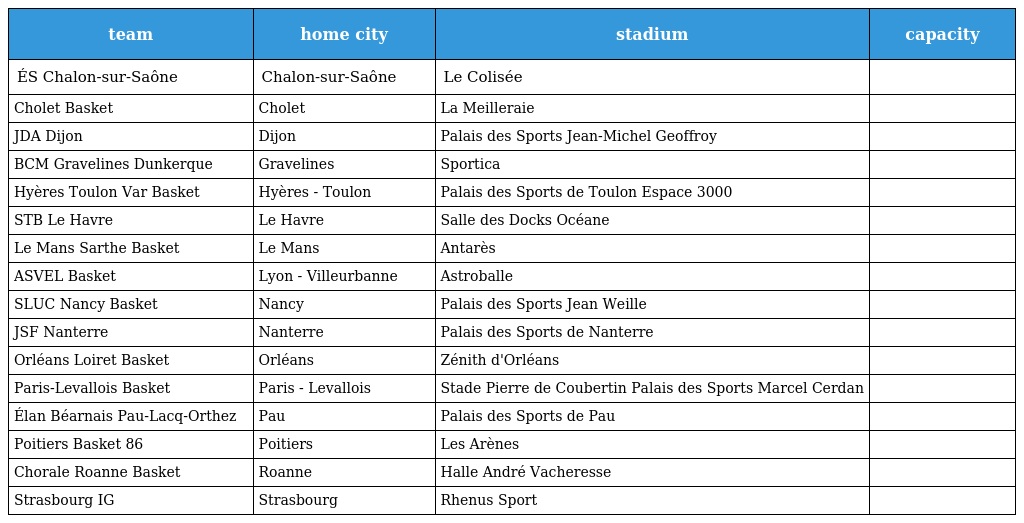
| team | home city | stadium | capacity |
 | --- | --- | --- | --- |
 | ÉS Chalon-sur-Saône | Chalon-sur-Saône | Le Colisée |  |
 | Cholet Basket | Cholet | La Meilleraie |  |
 | JDA Dijon | Dijon | Palais des Sports Jean-Michel Geoffroy |  |
 | BCM Gravelines Dunkerque | Gravelines | Sportica |  |
 | Hyères Toulon Var Basket | Hyères - Toulon | Palais des Sports de Toulon Espace 3000 |  |
 | STB Le Havre | Le Havre | Salle des Docks Océane |  |
 | Le Mans Sarthe Basket | Le Mans | Antarès |  |
 | ASVEL Basket | Lyon - Villeurbanne | Astroballe |  |
 | SLUC Nancy Basket | Nancy | Palais des Sports Jean Weille |  |
 | JSF Nanterre | Nanterre | Palais des Sports de Nanterre |  |
 | Orléans Loiret Basket | Orléans | Zénith d'Orléans |  |
 | Paris-Levallois Basket | Paris - Levallois | Stade Pierre de Coubertin Palais des Sports Marcel Cerdan |  |
 | Élan Béarnais Pau-Lacq-Orthez | Pau | Palais des Sports de Pau |  |
 | Poitiers Basket 86 | Poitiers | Les Arènes |  |
 | Chorale Roanne Basket | Roanne | Halle André Vacheresse |  |
 | Strasbourg IG | Strasbourg | Rhenus Sport |  |